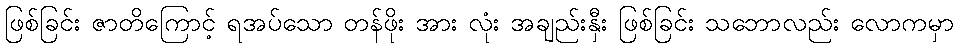
ဖြစ်ခြင်း ဇာတိကြောင့် ရအပ်သော တန်ဖိုး အား လုံး အချည်းနှီး ဖြစ်ခြင်း သဘောလည်း လောကမှာ